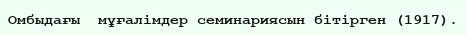
Омбыдағы  мұғалімдер семинариясын бітірген (1917).